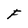
Character: F